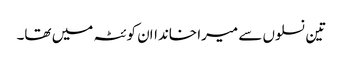
تین نسلوں سے میرا خانداان کوئٹہ میں تھا۔